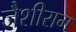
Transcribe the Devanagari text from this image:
जैशीराम